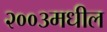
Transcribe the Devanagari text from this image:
२००३मधील